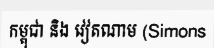
កម្ពុជា និង វៀតណាម (Simons